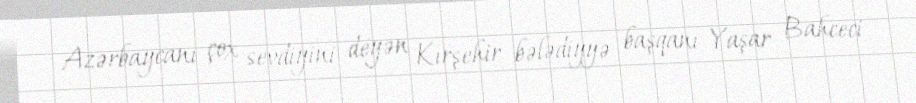
Azərbaycanı çox sevdiyini deyən Kırşehir bələdiyyə başqanı Yaşar Bahceci